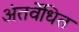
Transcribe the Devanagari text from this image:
अंतर्वेधित